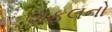
શફલનો